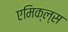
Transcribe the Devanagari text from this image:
एमिक्ल्स